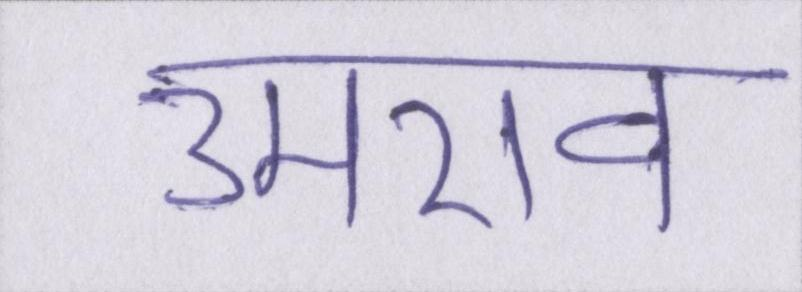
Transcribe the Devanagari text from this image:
उमराव